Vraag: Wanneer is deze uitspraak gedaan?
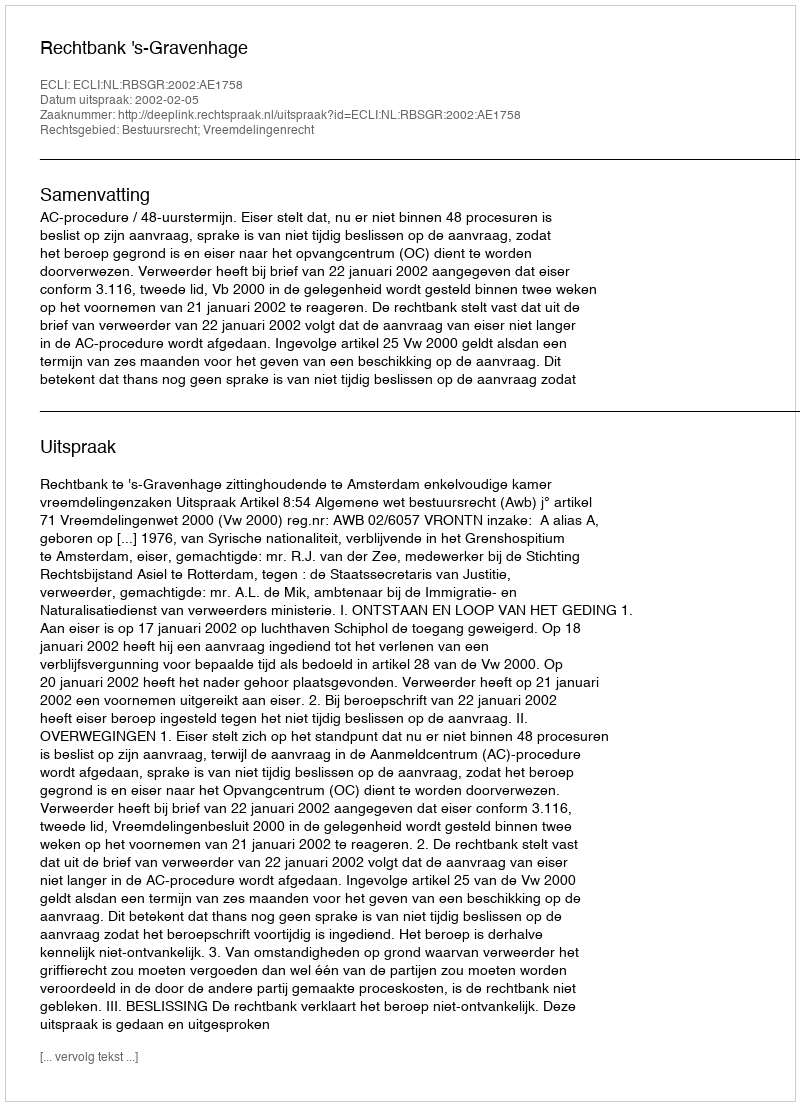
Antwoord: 2002-02-05